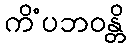
ကိံပဘဝန္တိ